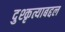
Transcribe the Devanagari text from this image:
दुश्कृत्याबद्दल